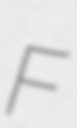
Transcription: F